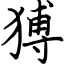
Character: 猼